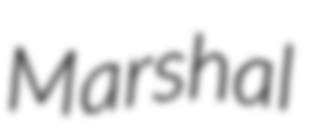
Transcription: Marshal